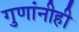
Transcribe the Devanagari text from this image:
गुणांनीही